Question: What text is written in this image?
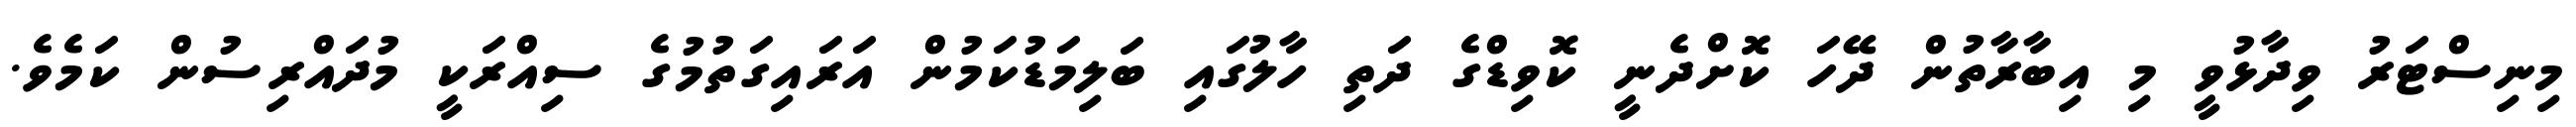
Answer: މިނިސްޓަރު ވިދާޅުވީ މި އިބާރާތުން ދޭހަ ކޮށްދެނީ ކޮވިޑްގެ ދަތި ހާލުގައި ބަލިމަޑުކަމުން އަރައިގަތުމުގެ ސިއްރަކީ މުދައްރިސުން ކަމެވެ.